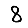
Digit: 8